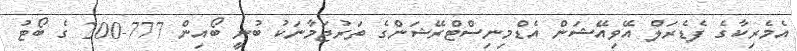
އެމެރިކާގެ ފެޑެރަލް އޭވިއޭޝަން އެޑްމިނިސްޓްރޭޝަންގެ ތަރުޖަމާނަކު ބުނީ ބޯއިން 777-200 ގެ ބޯޓު